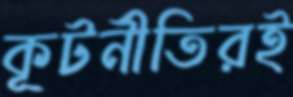
কূটনীতিরই